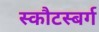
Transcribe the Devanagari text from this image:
स्कौटस्बर्ग